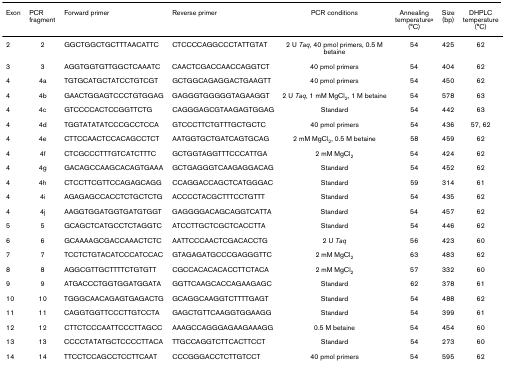
<table><thead><tr><td><b>Exon</b></td><td><b>PCR fragment</b></td><td><b>Forward primer</b></td><td><b>Reverse primer</b></td><td><b>PCR conditions</b></td><td><b>Annealing temperature<sup>a </sup>(°C)</b></td><td><b>Size (bp)</b></td><td><b>DHPLC temperature (°C)</b></td></tr></thead><tbody><tr><td>2</td><td>2</td><td>GGCTGGCTGCTTTAACATTC</td><td>CTCCCCAGGCCCTATTGTAT</td><td>2 U <i>Taq</i>, 40 pmol primers, 0.5 M betaine</td><td>54</td><td>425</td><td>62</td></tr><tr><td>3</td><td>3</td><td>AGGTGGTGTTGGCTCAAATC</td><td>CAACTCGACCAACCAGGTCT</td><td>40 pmol primers</td><td>54</td><td>404</td><td>62</td></tr><tr><td>4</td><td>4a</td><td>TGTGCATGCTATCCTGTCGT</td><td>GCTGGCAGAGGACTGAAGTT</td><td>40 pmol primers</td><td>54</td><td>450</td><td>62</td></tr><tr><td>4</td><td>4b</td><td>GAACTGGAGTCCCTGTGGAG</td><td>GAGGGTGGGGGTAGAAGGT</td><td>2 U <i>Taq</i>, 1 mM MgCl<sub>2</sub>, 1 M betaine</td><td>54</td><td>578</td><td>63</td></tr><tr><td>4</td><td>4c</td><td>GTCCCCACTCCGGTTCTG</td><td>CAGGGAGCGTAAGAGTGGAG</td><td>Standard</td><td>54</td><td>442</td><td>63</td></tr><tr><td>4</td><td>4d</td><td>TGGTATATATCCCGCCTCCA</td><td>GTCCCTTCTGTTTGCTGCTC</td><td>40 pmol primers</td><td>54</td><td>436</td><td>57, 62</td></tr><tr><td>4</td><td>4e</td><td>CTTCCAACTCCACAGCCTCT</td><td>AATGGTGCTGATCAGTGCAG</td><td>2 mM MgCl<sub>2</sub>, 0.5 M betaine</td><td>58</td><td>459</td><td>62</td></tr><tr><td>4</td><td>4f</td><td>CTCGCCCTTTGTCATCTTTC</td><td>GCTGGTAGGTTTCCCATTGA</td><td>2 mM MgCl<sub>2</sub></td><td>54</td><td>424</td><td>62</td></tr><tr><td>4</td><td>4g</td><td>GACAGCCAAGCACAGTGAAA</td><td>GCTGAGGGTCAAGAGGACAG</td><td>Standard</td><td>54</td><td>452</td><td>62</td></tr><tr><td>4</td><td>4h</td><td>CTCCTTCGTTCCAGAGCAGG</td><td>CCAGGACCAGCTCATGGGAC</td><td>Standard</td><td>59</td><td>314</td><td>61</td></tr><tr><td>4</td><td>4i</td><td>AGAGAGCCACCTCTGCTCTG</td><td>ACCCCTACGCTTTCCTGTTT</td><td>Standard</td><td>54</td><td>435</td><td>62</td></tr><tr><td>4</td><td>4j</td><td>AAGGTGGATGGTGATGTGGT</td><td>GAGGGGACAGCAGGTCATTA</td><td>Standard</td><td>54</td><td>457</td><td>62</td></tr><tr><td>5</td><td>5</td><td>GCAGCTCATGCCTCTAGGTC</td><td>ATCCTTGCTCGCTCACCTTA</td><td>Standard</td><td>54</td><td>446</td><td>62</td></tr><tr><td>6</td><td>6</td><td>GCAAAAGCGACCAAACTCTC</td><td>AATTCCCAACTCGACACCTG</td><td>2 U <i>Taq</i></td><td>56</td><td>423</td><td>60</td></tr><tr><td>7</td><td>7</td><td>TCCTCTGTACATCCCATCCAC</td><td>GTAGAGATGCCCGAGGGTTC</td><td>2 mM MgCl<sub>2</sub></td><td>63</td><td>483</td><td>62</td></tr><tr><td>8</td><td>8</td><td>AGGCGTTGCTTTTCTGTGTT</td><td>CGCCACACACACCTTCTACA</td><td>2 mM MgCl<sub>2</sub></td><td>57</td><td>332</td><td>60</td></tr><tr><td>9</td><td>9</td><td>ATGACCCTGGTGGATGGATA</td><td>GGTTCAAGCACCAGAAGAGC</td><td>Standard</td><td>62</td><td>378</td><td>61</td></tr><tr><td>10</td><td>10</td><td>TGGGCAACAGAGTGAGACTG</td><td>GCAGGCAAGGTCTTTTGAGT</td><td>Standard</td><td>54</td><td>488</td><td>62</td></tr><tr><td>11</td><td>11</td><td>CAGGTGGTTCCCTTGTCCTA</td><td>GAGCTGTTCAAGGTGGAAGG</td><td>Standard</td><td>54</td><td>399</td><td>61</td></tr><tr><td>12</td><td>12</td><td>CTTCTCCCAATTCCCTTAGCC</td><td>AAAGCCAGGGAGAAGAAAGG</td><td>0.5 M betaine</td><td>54</td><td>454</td><td>60</td></tr><tr><td>13</td><td>13</td><td>CCCCTATATGCTCCCCTTACA</td><td>TTGCCAGGTCTTCACTTCCT</td><td>Standard</td><td>54</td><td>273</td><td>60</td></tr><tr><td>14</td><td>14</td><td>TTCCTCCAGCCTCCTTCAAT</td><td>CCCGGGACCTCTTGTCCT</td><td>40 pmol primers</td><td>54</td><td>595</td><td>62</td></tr></tbody></table>